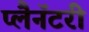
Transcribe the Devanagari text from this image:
प्लैनॅटरी